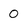
Character: 0